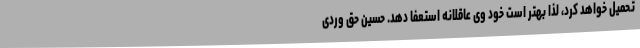
تحمیل خواهد کرد، لذا بهتر است خود وی عاقلانه استعفا دهد. حسین حق وردی